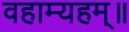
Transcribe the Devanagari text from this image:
वहाम्यहम्॥